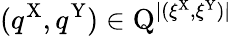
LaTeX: (q^{\mathrm{X}},q^{\mathrm{Y}})\in\mathrm{Q}^{|(\xi^{\mathrm{X}},\xi^{\mathrm{Y}})|}